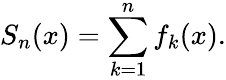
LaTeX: S_{n}(x)=\sum_{k=1}^{n}f_{k}(x).